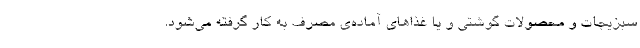
سبزیجات و محصولات گوشتی و یا غذاهای آماده‌ی مصرف به کار گرفته می‌شود.